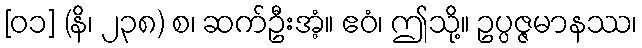
[၀၁] (နိ၊ ၂၃၈) စ၊ ဆက်ဦးအံ့။ ဧဝံ၊ ဤသို့။ ဥပ္ပဇ္ဇမာနဿ၊